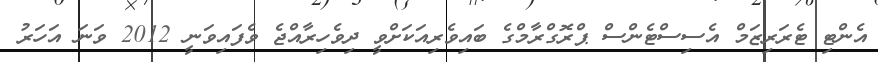
އެންޓި ޓެރަރިޒަމް އެސިސްޓެންސް ޕްރޮގްރާމްގެ ބައިވެރިއަކަށްވީ ދިވެހިރާއްޖެ ވެފައިވަނީ 2012 ވަނަ އަހަރު